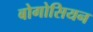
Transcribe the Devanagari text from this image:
बोगोसियन